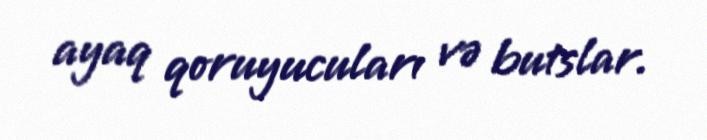
ayaq qoruyucuları və butslar.